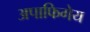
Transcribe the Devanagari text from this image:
अपाफिगेय